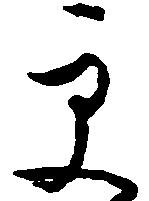
更